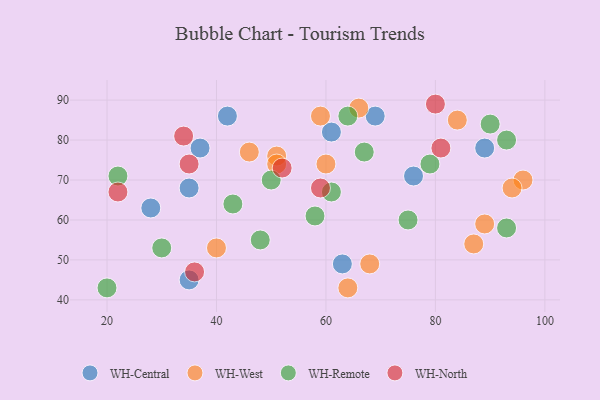
{"axis": {"x": "GDP", "y": "Life Expectancy"}, "legend": ["WH-Central", "WH-North", "WH-Remote", "WH-West"], "data": [{"x": "42", "y": 86, "type": "WH-Central"}, {"x": "61", "y": 82, "type": "WH-Central"}, {"x": "69", "y": 86, "type": "WH-Central"}, {"x": "89", "y": 78, "type": "WH-Central"}, {"x": "37", "y": 78, "type": "WH-Central"}, {"x": "76", "y": 71, "type": "WH-Central"}, {"x": "35", "y": 45, "type": "WH-Central"}, {"x": "35", "y": 68, "type": "WH-Central"}, {"x": "63", "y": 49, "type": "WH-Central"}, {"x": "28", "y": 63, "type": "WH-Central"}, {"x": "40", "y": 53, "type": "WH-West"}, {"x": "51", "y": 76, "type": "WH-West"}, {"x": "68", "y": 49, "type": "WH-West"}, {"x": "84", "y": 85, "type": "WH-West"}, {"x": "60", "y": 74, "type": "WH-West"}, {"x": "87", "y": 54, "type": "WH-West"}, {"x": "89", "y": 59, "type": "WH-West"}, {"x": "66", "y": 88, "type": "WH-West"}, {"x": "96", "y": 70, "type": "WH-West"}, {"x": "51", "y": 74, "type": "WH-West"}, {"x": "46", "y": 77, "type": "WH-West"}, {"x": "64", "y": 43, "type": "WH-West"}, {"x": "94", "y": 68, "type": "WH-West"}, {"x": "59", "y": 86, "type": "WH-West"}, {"x": "61", "y": 67, "type": "WH-Remote"}, {"x": "75", "y": 60, "type": "WH-Remote"}, {"x": "79", "y": 74, "type": "WH-Remote"}, {"x": "50", "y": 70, "type": "WH-Remote"}, {"x": "43", "y": 64, "type": "WH-Remote"}, {"x": "30", "y": 53, "type": "WH-Remote"}, {"x": "22", "y": 71, "type": "WH-Remote"}, {"x": "20", "y": 43, "type": "WH-Remote"}, {"x": "93", "y": 58, "type": "WH-Remote"}, {"x": "64", "y": 86, "type": "WH-Remote"}, {"x": "93", "y": 80, "type": "WH-Remote"}, {"x": "90", "y": 84, "type": "WH-Remote"}, {"x": "58", "y": 61, "type": "WH-Remote"}, {"x": "67", "y": 77, "type": "WH-Remote"}, {"x": "48", "y": 55, "type": "WH-Remote"}, {"x": "22", "y": 67, "type": "WH-North"}, {"x": "80", "y": 89, "type": "WH-North"}, {"x": "52", "y": 73, "type": "WH-North"}, {"x": "81", "y": 78, "type": "WH-North"}, {"x": "59", "y": 68, "type": "WH-North"}, {"x": "35", "y": 74, "type": "WH-North"}, {"x": "34", "y": 81, "type": "WH-North"}, {"x": "36", "y": 47, "type": "WH-North"}]}